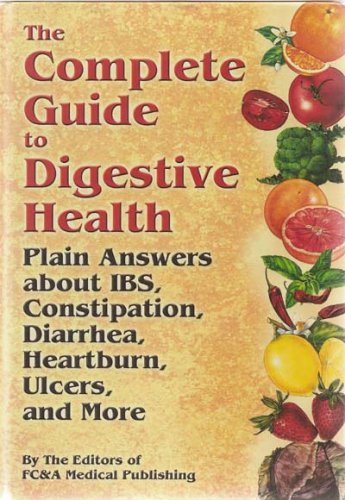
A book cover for The Complete Guide To Digestive Health: Plain Answers About Ibs, Constipation, Diarrhea, Heartburn, Ulcers, and More; FC & A Publishing Staff; Health, Fitness & Dieting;